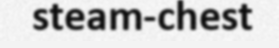
steam-chest